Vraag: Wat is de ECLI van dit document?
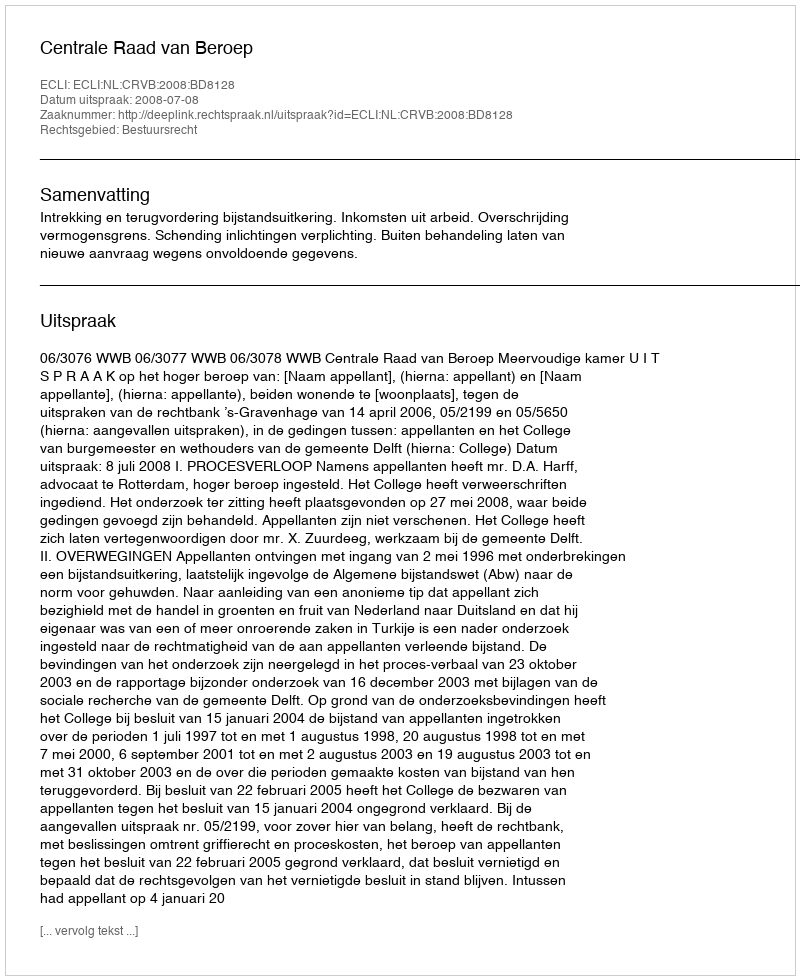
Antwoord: ECLI:NL:CRVB:2008:BD8128